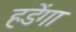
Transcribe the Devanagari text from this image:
हडेंगा